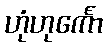
ဟုံဟုင်္ကော